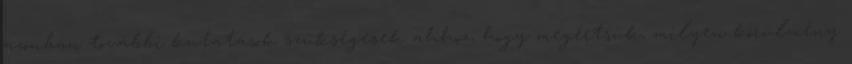
azonban további kutatások szükségesek ahhoz, hogy megértsük, milyen körülmény